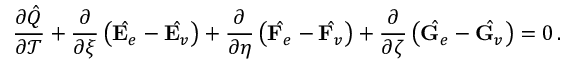
\frac { \partial \hat { Q } } { \partial \mathcal { T } } + \frac { \partial } { \partial \xi } \left( \hat { \mathbf { E } _ { e } } - \hat { \mathbf { E } _ { v } } \right) + \frac { \partial } { \partial \eta } \left( \hat { \mathbf { F } _ { e } } - \hat { \mathbf { F } _ { v } } \right) + \frac { \partial } { \partial \zeta } \left( \hat { \mathbf { G } _ { e } } - \hat { \mathbf { G } _ { v } } \right) = 0 \, \mathrm { . }